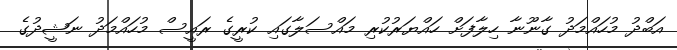
އަބްދު މުހައްމަދު ގާނޫނާ ހިލާފަށް ހައްޔަރުކުރި މައްސަލާގައި ކުރީގެ ރައީސް މުހައްމަދު ނަޝީދުގެ